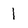
Character: 1